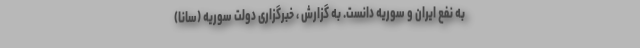
به نفع ایران و سوریه دانست. به گزارش ، خبرگزاری دولت سوریه (سانا)